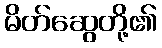
မိတ်ဆွေတို့၏